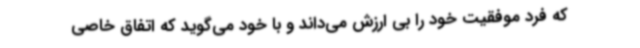
که فرد موفقیت خود را بی ارزش می‌داند و با خود می‌گوید که اتفاق خاصی